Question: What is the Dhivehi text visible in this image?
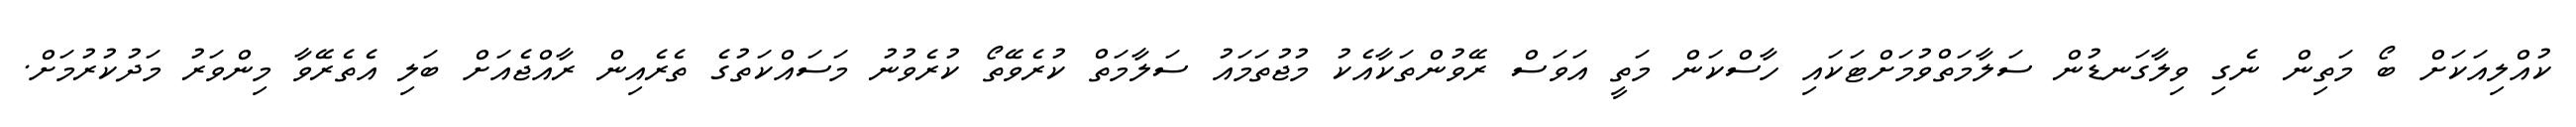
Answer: ކުއްލިއަކަށް ބޯ މަތިން ނެގި ވިލާގަނޑުން ސަލާމަތްވުމަށްޓަކައި ހާސްކަން މަތީ އަވަސް ރޭވުންތަކާއެކު މުޖުތަމައު ސަލާމަތް ކުރެވޭތޯ ކުރެވުނު މަސައްކަތުގެ ތެރެއިން ރާއްޖެއަށް ބަލި އެތެރޭވާ މިންވަރު މަދުކުރުމަށް.